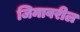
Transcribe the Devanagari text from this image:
जिमावरील